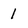
Character: 1